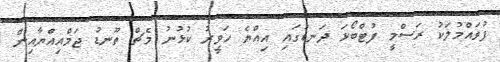
ފުވައްމުލަކު ރަސްމީ ފުޓްބޯޅަ ދަނޑުގައި އިއްޔެ ހަވީރު ކުޅުނު މެޗް ތޫނޑު ޖަމްއިއްޔާއިން